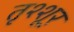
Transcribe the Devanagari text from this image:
तृश्शूर्